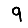
Digit: 9